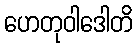
ဟေတုဝါဒေါတိ